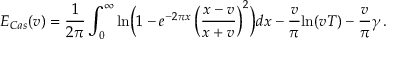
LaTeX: E _ { C a s } ( v ) = \frac { 1 } { 2 \pi } \int _ { 0 } ^ { \infty } \mathrm { l n } \Bigl ( 1 - e ^ { - 2 \pi x } \left( \frac { x - v } { x + v } \right) ^ { 2 } \Bigr ) d x - \frac { v } { \pi } \mathrm { l n } ( v T ) - \frac { v } { \pi } \gamma \, .